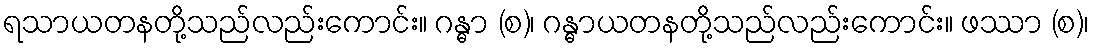
ရသာယတနတို့သည်လည်းကောင်း။ ဂန္ဓာ (စ)၊ ဂန္ဓာယတနတို့သည်လည်းကောင်း။ ဖဿာ (စ)၊